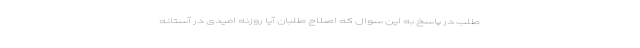
طلب در پاسخ به این سوال که اصلاح طلبان آیا روزنه امیدی در آستانه